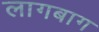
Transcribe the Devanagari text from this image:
लागबाग